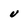
Character: u